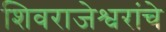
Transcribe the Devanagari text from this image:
शिवराजेश्वरांचे